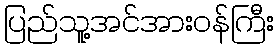
ပြည်သူ့အင်အားဝန်ကြီး